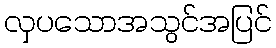
လှပသောအသွင်အပြင်